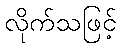
လိုက်သဖြင့်